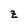
Character: z